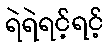
ရဲရဲရင့်ရင့်